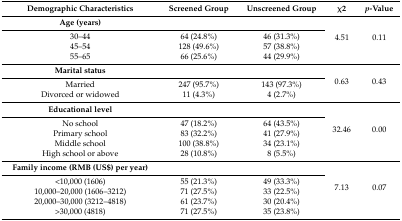
| Demographic Characteristics | Screened Group | Unscreened Group | χ2 | p-Value |
 | --- | --- | --- | --- | --- |
 | Age (years) | <COLSPAN=2>  | <ROWSPAN=4> 4.51 | <ROWSPAN=4> 0.11 |
 | 30–44 | 64 (24.8%) | 46 (31.3%) |
 | 45–54 | 128 (49.6%) | 57 (38.8%) |
 | 55–65 | 66 (25.6%) | 44 (29.9%) |
 | Marital status | <COLSPAN=2>  | <ROWSPAN=3> 0.63 | <ROWSPAN=3> 0.43 |
 | Married | 247 (95.7%) | 143 (97.3%) |
 | Divorced or widowed | 11 (4.3%) | 4 (2.7%) |
 | Educational level | <COLSPAN=2>  | <ROWSPAN=5> 32.46 | <ROWSPAN=5> 0.00 |
 | No school | 47 (18.2%) | 64 (43.5%) |
 | Primary school | 83 (32.2%) | 41 (27.9%) |
 | Middle school | 100 (38.8%) | 34 (23.1%) |
 | High school or above | 28 (10.8%) | 8 (5.5%) |
 | Family income (RMB (US$) per year) | <COLSPAN=2>  | <ROWSPAN=5> 7.13 | <ROWSPAN=5> 0.07 |
 | <10,000 (1606) | 55 (21.3%) | 49 (33.3%) |
 | 10,000–20,000 (1606–3212) | 71 (27.5%) | 33 (22.5%) |
 | 20,000–30,000 (3212–4818) | 61 (23.7%) | 30 (20.4%) |
 | >30,000 (4818) | 71 (27.5%) | 35 (23.8%) |